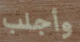
وأجلب